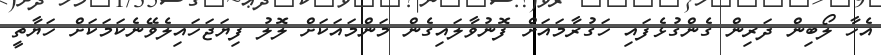
އެހާ ލޯބިން ދަރިން ގެންގުޅެފައި ހަގުރާމައަށް ފޮނުވާލައިގެން މަންމައަކަށް ލޮލު ފިޔަޖަހައިލެވޭނެކަމަކަށް ހަޔާތީ